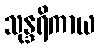
သုန္ဒရိကာယ